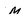
Character: M